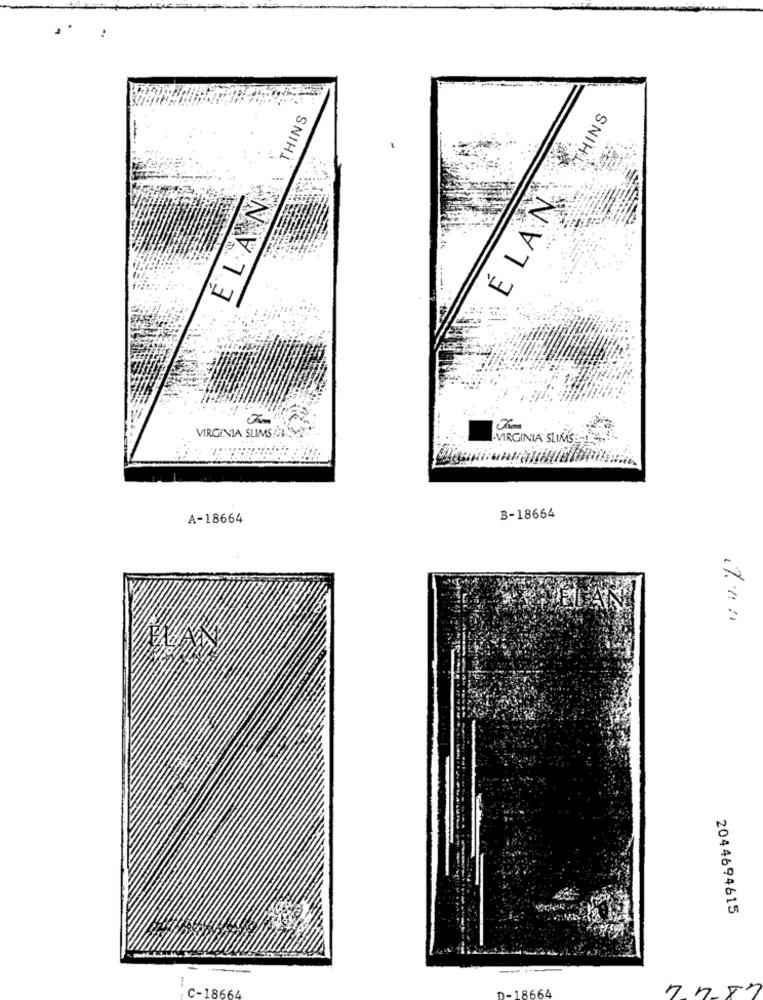
THINS
THINS
ELAN
É LAN
VIRGINIA SLIMS
VIRGINIA SLIMS
A-18664
B-18664
2044694615
C-18664
D-18664
7 7 57